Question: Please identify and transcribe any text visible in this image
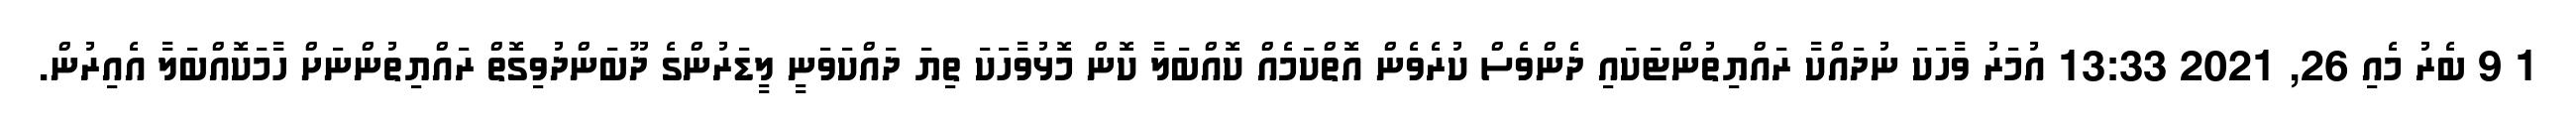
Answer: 1 9 ބެރު މެއި 26, 2021 13:33 އުމަރު ވާހަކަ ނުދައްކާ ރައްޔިތުންޓަކައި ދެންވެސް ކުރެވެން އޮތްކަމެއް ކޮއްބަލާ ކޮން މޮޅުވާހަކަ ތިޔަ ދައްކަވަނީ ލީޑަރުންގެ ދޫބަންދުވިގޮތް ރައްޔިތުންނަށް ހާމަކޮއްބަލާ އެއިރުން.